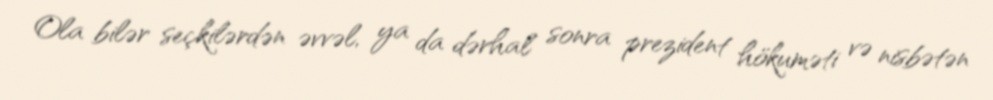
Ola bilər seçkilərdən əvvəl, ya da dərhal sonra prezident hökuməti və nisbətən